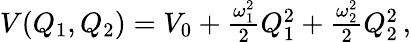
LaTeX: \begin{array}{r}{V(Q_{1},Q_{2})=V_{0}+\frac{\omega_{1}^{2}}{2}Q_{1}^{2}+\frac{\omega_{2}^{2}}{2}Q_{2}^{2}\, ,}\end{array}